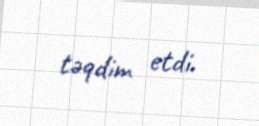
təqdim etdi.